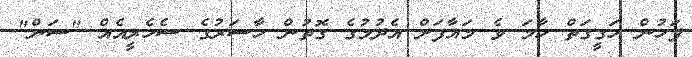
ފަހުން ހަގީގަތް ހާމަ ވެ މައާފަށް އެދުމުގެ ގޮތުން ހާސަރުގެ ސެހެރީއެއް "ސަން"